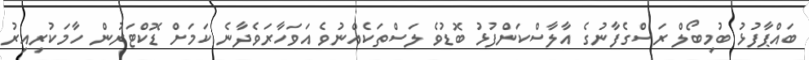
ބައްޕާފުޅު ބުމިބޯލް ރަސްގެފާނުގެ އާލާސްކަންފުޅު ބޮޑުވެ ލަސްތަކެއްނުވެ އަވަހާރަވެދާނެ ކަމަށް ޑޮކްޓަރުން ހާމަކުރިއިރު